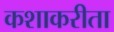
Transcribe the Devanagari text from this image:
कशाकरीता